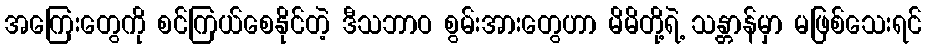
အကြေးတွေကို စင်ကြယ်စေနိုင်တဲ့ ဒီသဘာဝ စွမ်းအားတွေဟာ မိမိတို့ရဲ့ သန္တာန်မှာ မဖြစ်သေးရင်